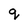
Character: q